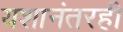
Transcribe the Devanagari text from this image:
यशानंतरही